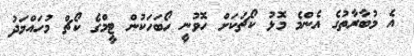
އެ މުބާރާތުގެ އެންމެ މޮޅު ކޯޗަކަށް ހޮވުނީ ހޯބަހަކުން ޓީމްގެ ކޯޗް މުހައްމަދު